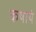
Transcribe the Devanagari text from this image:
कषायं